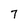
Character: 7